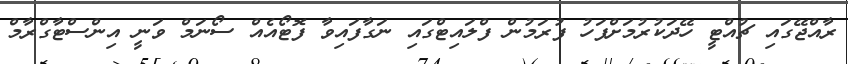
ރާއްޖޭގައި ޗުއްޓީ ހޭދަކުރުމަށްފަހު ފުރަމުން ފްލައިޓްގައި ނަގާފައިވާ ފޮޓޯއެއް ސޯނަމް ވަނީ އިންސްޓާގްރާމް